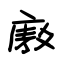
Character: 廒